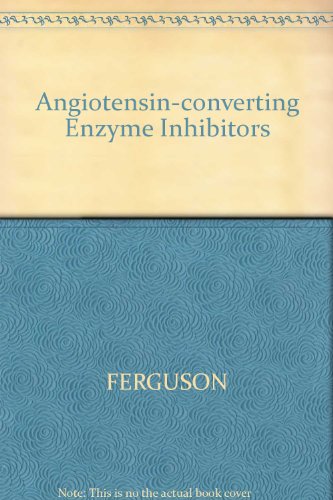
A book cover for Angiotensin-Converting Enzyme Inhibitors; Roger K. Fergusin; Medical Books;